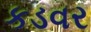
કડવર